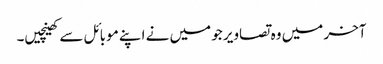
آخر میں وہ تصاویر جو میں نے اپنے موبائل سے کھینچیں۔